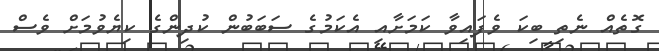
ގޮތެއް ނެތި ބިކަ ވެފައިވާ ކަމަށާއި އެކަމުގެ ސަބަބުން ކުދިންގެ ކިޔެވުމަށް ވެސް